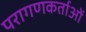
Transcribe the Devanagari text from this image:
परागणकर्ताओं